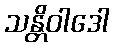
သန္တိဝါဒေါ